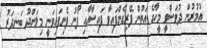
އުމުރުން ދުވަސްވީ މީހާގެ އަތުން ފޭރިގެންފައިވާ ފައިސާއާއި ފޯނު ފެނިފައިވަނީ މިލަންދޫ ބަނދަރު